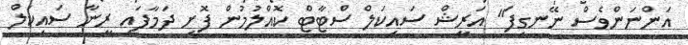
އަންނަންވެސް ނޭނގިފަ" އަރީޝް ސައިކަލް ސްޓާޓް ކޮއްލުމުން ފޮށި ދަމާފައި ރީނާ ސައިކަލް